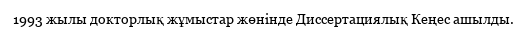
1993 жылы докторлық жұмыстар жөнінде Диссертациялық Кеңес ашылды.